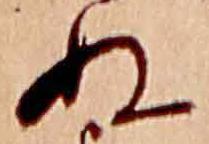
ぬ